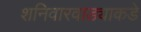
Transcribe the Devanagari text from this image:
शनिवारवाड्याकडे